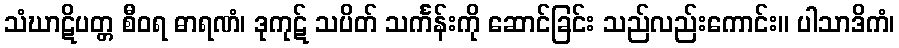
သံဃာဋိပတ္တ စီဝရ ဓာရဏံ၊ ဒုကုဋ် သပိတ် သင်္ကန်းကို ဆောင်ခြင်း သည်လည်းကောင်း။ ပါသာဒိကံ၊